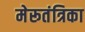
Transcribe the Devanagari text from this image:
मेरूतंत्रिका